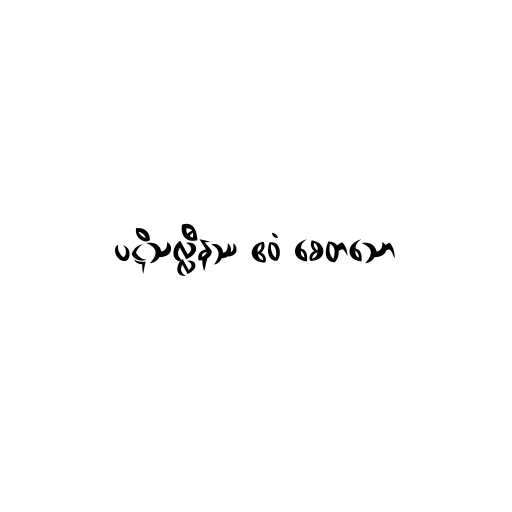
ပဋိသလ္လီနဿ ဧဝံ စေတသော